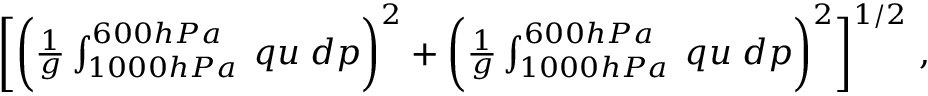
\begin{array} { r } { \bigg [ \biggl ( \frac { 1 } { g } \int _ { 1 0 0 0 h P a } ^ { 6 0 0 h P a } \; q u \; d p \biggr ) ^ { 2 } + \biggl ( \frac { 1 } { g } \int _ { 1 0 0 0 h P a } ^ { 6 0 0 h P a } \; q u \; d p \biggr ) ^ { 2 } \bigg ] ^ { 1 / 2 } ~ , } \end{array}